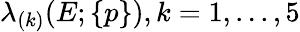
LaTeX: \lambda_{(k)}(E;\{ p\} ),k=1,...,5